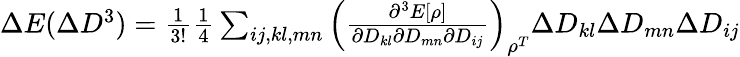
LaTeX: \begin{array}{r}{\Delta E(\Delta D^{3})=\frac{1}{3!}\frac{1}{4}\sum_{ij,kl,mn}\left(\frac{\partial^{3}E[\rho]}{\partial D_{kl}\partial D_{mn}\partial D_{ij}}\right)_{\rho^{T}}\Delta D_{kl}\Delta D_{mn}\Delta D_{ij}}\end{array}